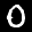
Label: 0